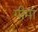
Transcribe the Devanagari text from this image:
गीमा